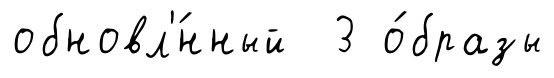
обновл'́нный 3 о́бразы